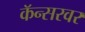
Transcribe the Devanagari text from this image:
कॅन्सरवर